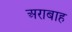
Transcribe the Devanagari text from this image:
अराबाह